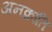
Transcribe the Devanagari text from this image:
अनक्रांति